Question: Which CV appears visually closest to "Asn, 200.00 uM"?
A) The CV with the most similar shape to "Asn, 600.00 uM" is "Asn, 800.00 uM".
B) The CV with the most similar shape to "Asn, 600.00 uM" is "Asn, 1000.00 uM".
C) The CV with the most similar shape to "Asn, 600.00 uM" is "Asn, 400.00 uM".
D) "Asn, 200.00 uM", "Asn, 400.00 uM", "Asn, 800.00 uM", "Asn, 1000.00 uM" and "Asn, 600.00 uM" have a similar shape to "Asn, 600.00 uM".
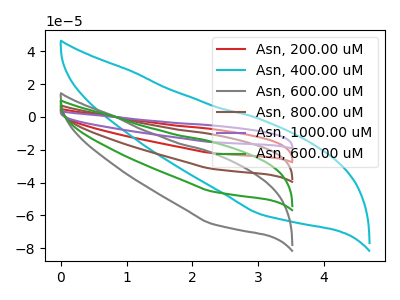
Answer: <think>The red curve "Asn, 200.00 uM" has no peaks. The cyan curve "Asn, 400.00 uM" has no peaks. The gray curve "Asn, 600.00 uM" has no peaks. The brown curve "Asn, 800.00 uM" has no peaks. The purple curve "Asn, 1000.00 uM" has no peaks. The green curve "Asn, 600.00 uM" has no peaks.
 Neither "Asn, 200.00 uM" or "Asn, 400.00 uM" have any peaks. Neither "Asn, 200.00 uM" or "Asn, 600.00 uM" have any peaks. Neither "Asn, 200.00 uM" or "Asn, 800.00 uM" have any peaks. Neither "Asn, 200.00 uM" or "Asn, 1000.00 uM" have any peaks. Neither "Asn, 200.00 uM" or "Asn, 600.00 uM" have any peaks. Neither "Asn, 400.00 uM" or "Asn, 600.00 uM" have any peaks. Neither "Asn, 400.00 uM" or "Asn, 800.00 uM" have any peaks. Neither "Asn, 400.00 uM" or "Asn, 1000.00 uM" have any peaks. Neither "Asn, 400.00 uM" or "Asn, 600.00 uM" have any peaks. Neither "Asn, 600.00 uM" or "Asn, 800.00 uM" have any peaks. Neither "Asn, 600.00 uM" or "Asn, 1000.00 uM" have any peaks. Neither "Asn, 600.00 uM" or "Asn, 600.00 uM" have any peaks. Neither "Asn, 800.00 uM" or "Asn, 1000.00 uM" have any peaks. Neither "Asn, 800.00 uM" or "Asn, 600.00 uM" have any peaks. Neither "Asn, 1000.00 uM" or "Asn, 600.00 uM" have any peaks.</think>
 <answer>D) "Asn, 200.00 uM", "Asn, 400.00 uM", "Asn, 800.00 uM", "Asn, 1000.00 uM" and "Asn, 600.00 uM" have a similar shape to "Asn, 600.00 uM".</answer>
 <eval>D</eval>